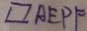
\square A E P F